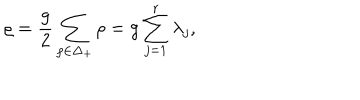
LaTeX: \varrho = { \frac { g } { 2 } } \sum _ { \rho \in { \Delta _ { + } } } \rho = g \sum _ { j = 1 } ^ { r } \lambda _ { j } ,